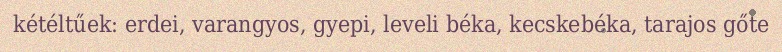
kétéltűek: erdei, varangyos, gyepi, leveli béka, kecskebéka, tarajos gőte